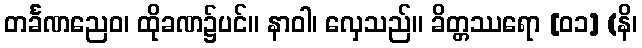
တင်္ခဏညေဝ၊ ထိုခဏ၌ပင်။ နာဝါ၊ လှေသည်။ ခိတ္တဿရော [၀၁] (နိ၊